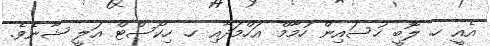
އެއީ ހ. ލޮބީ ހުސައިން ހުމާމް އަހްމަދާއި ހ. ހިކޯސްޓް އަލީ ޝާނެވެ.